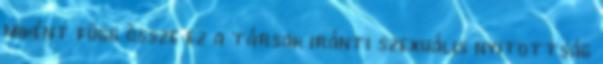
miként függ össze ez a társak iránti szexuális nyitottság